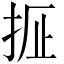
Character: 𫼢